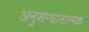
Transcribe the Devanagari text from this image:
अनुसन्धानात्मक